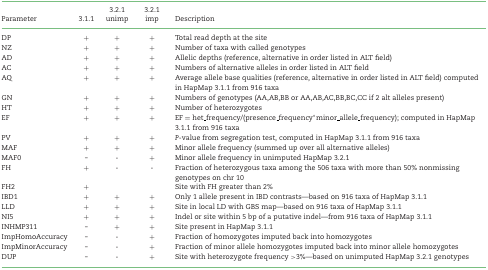
<table><thead><tr><td><b>Parameter</b></td><td><b>3.1.1</b></td><td><b>3.2.1 unimp</b></td><td><b>3.2.1 imp</b></td><td><b>Description</b></td></tr></thead><tbody><tr><td>DP</td><td>+</td><td>+</td><td>+</td><td>Total read depth at the site</td></tr><tr><td>NZ</td><td>+</td><td>+</td><td>+</td><td>Number of taxa with called genotypes</td></tr><tr><td>AD</td><td>+</td><td>+</td><td>+</td><td>Allelic depths (reference, alternative in order listed in ALT field)</td></tr><tr><td>AC</td><td>+</td><td>+</td><td>+</td><td>Numbers of alternative alleles in order listed in ALT field</td></tr><tr><td>AQ</td><td>+</td><td>+</td><td>+</td><td>Average allele base qualities (reference, alternative in order listed in ALT field) computed in HapMap 3.1.1 from 916 taxa</td></tr><tr><td>GN</td><td>+</td><td>+</td><td>+</td><td>Numbers of genotypes (AA,AB,BB or AA,AB,AC,BB,BC,CC if 2 alt alleles present)</td></tr><tr><td>HT</td><td>+</td><td>+</td><td>+</td><td>Number of heterozygotes</td></tr><tr><td>EF</td><td>+</td><td>+</td><td>+</td><td>EF = het_frequency/(presence_frequency*minor_allele_frequency); computed in HapMap 3.1.1 from 916 taxa</td></tr><tr><td>PV</td><td>+</td><td>+</td><td>+</td><td><i>P</i>-value from segregation test, computed in HapMap 3.1.1 from 916 taxa</td></tr><tr><td>MAF</td><td>+</td><td>+</td><td>+</td><td>Minor allele frequency (summed up over all alternative alleles)</td></tr><tr><td>MAF0</td><td>-</td><td>-</td><td>+</td><td>Minor allele frequency in unimputed HapMap 3.2.1</td></tr><tr><td>FH</td><td>+</td><td>-</td><td>-</td><td>Fraction of heterozygous taxa among the 506 taxa with more than 50% nonmissing genotypes on chr 10</td></tr><tr><td>FH2</td><td>+</td><td></td><td></td><td>Site with FH greater than 2%</td></tr><tr><td>IBD1</td><td>+</td><td>+</td><td>+</td><td>Only 1 allele present in IBD contrasts—based on 916 taxa of HapMap 3.1.1</td></tr><tr><td>LLD</td><td>+</td><td>+</td><td>+</td><td>Site in local LD with GBS map—based on 916 taxa of HapMap 3.1.1</td></tr><tr><td>NI5</td><td>+</td><td>+</td><td>+</td><td>Indel or site within 5 bp of a putative indel—from 916 taxa of HapMap 3.1.1</td></tr><tr><td>INHMP311</td><td>-</td><td>+</td><td>+</td><td>Site present in HapMap 3.1.1</td></tr><tr><td>ImpHomoAccuracy</td><td>-</td><td>-</td><td>+</td><td>Fraction of homozygotes imputed back into homozygotes</td></tr><tr><td>ImpMinorAccuracy</td><td>-</td><td>-</td><td>+</td><td>Fraction of minor allele homozygotes imputed back into minor allele homozygotes</td></tr><tr><td>DUP</td><td>-</td><td>-</td><td>+</td><td>Site with heterozygote frequency &gt;3%—based on unimputed HapMap 3.2.1 genotypes</td></tr></tbody></table>